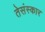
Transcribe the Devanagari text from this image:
तेसंस्कार